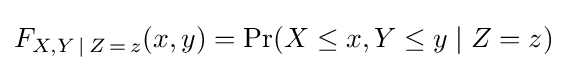
F_{X,Y\,\mid \,Z\,=\,z}(x,y)=\Pr(X\leq x,Y\leq y\mid Z=z)